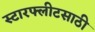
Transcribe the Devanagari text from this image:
स्टारफ्लीटसाठी